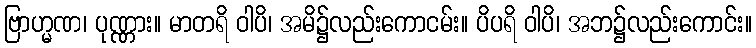
ဗြာဟ္မဏ၊ ပုဏ္ဏား။ မာတရိ ဝါပိ၊ အမိ၌လည်းကောငမ်း။ ပိပရိ ဝါပိ၊ အဘ၌လည်းကောင်း။